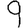
Digit: 9